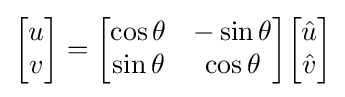
{\begin{bmatrix}u\\v\end{bmatrix}}={\begin{bmatrix}\cos \theta &-\sin \theta \\\sin \theta &\cos \theta \end{bmatrix}}{\begin{bmatrix}{\hat {u}}\\{\hat {v}}\end{bmatrix}}